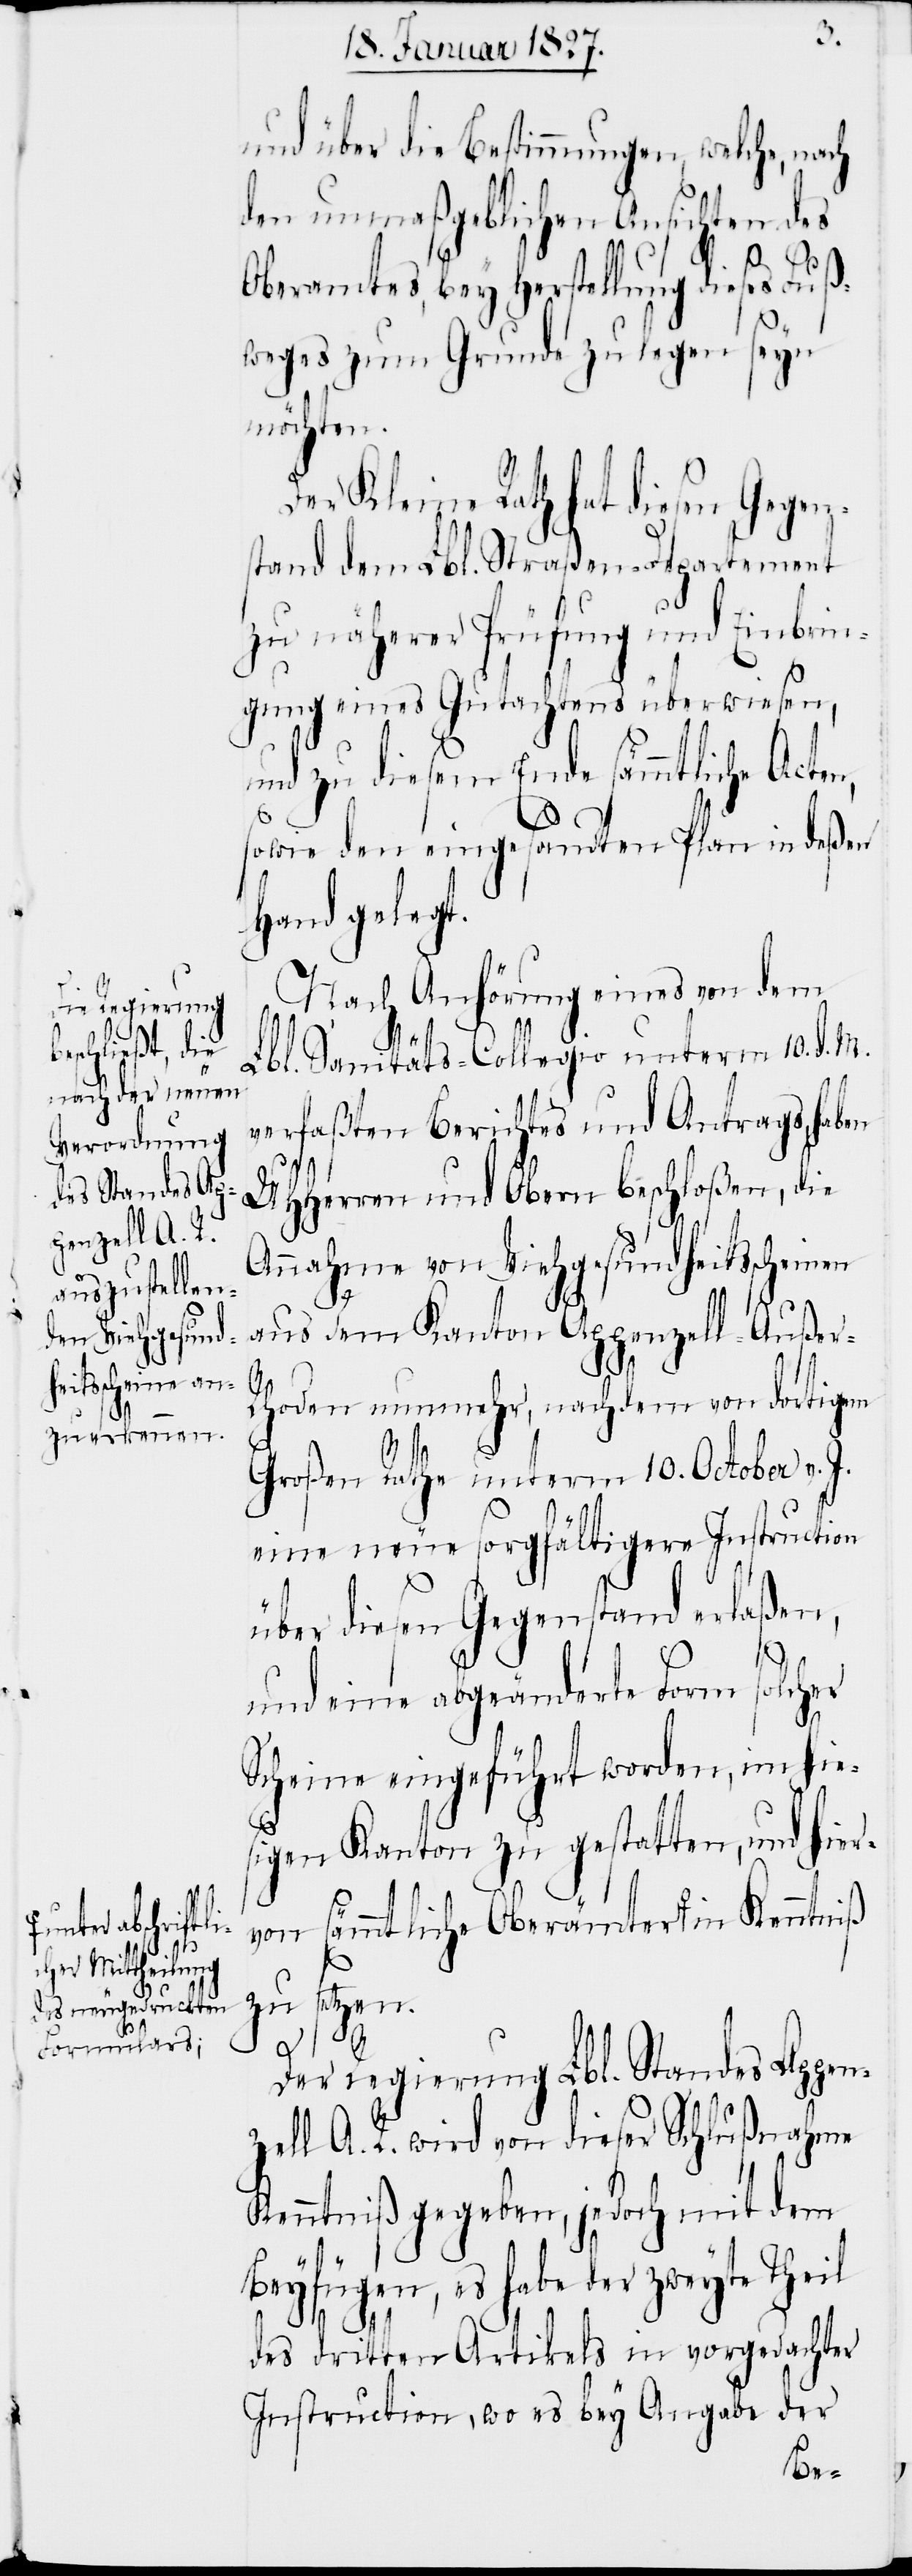
ter abschriftl¬
icher Mittheilung
des neugedruckten
Formulars;-a

und über die Bestimmungen, welche, nach
den unmaßgeblichen Ansichten des
Oberamtes, bey Herstellung dieses Fuß¬
weges zum Grunde zu legen seyn
möchten.
Der Kleine Rath hat diesen Gegen¬
stand dem Lbl. Straßen-Departement
zu näherer Prüfung und Einbrin¬
gung eines Gutachtens überwiesen,
und zu diesem Ende sämmtliche Act¬
sowie den eingesandten Plan in deßen
Hand gelegt.
Nach Anhörung eines von dem
Lbl. Sanitäts-Collegio unterm 10. d. M.
verfaßten Berichtes und Antrages, haben
UHHerren und Obern beschloßen, die
Annahme von Viehgesundheitsscheinen
aus dem Kanton Appenzell-Auße¬
in
r-Rhoden nunmehr, nachdem von dortigem
Großen Rathe unterm 10. October v. J.
eine neue sorgfältigere Instruction
über diesen Gegenstand erlaßen,
und eine abgeänderte Form solcher
Scheine eingeführt worden, im hie¬
sigen Kanton zu gestatten, und hier¬
von sämmtliche Oberämter a-un¬
zu setzen.
Der Regierung Lbl. Standes Appen¬
zell A.R. wird von dieser Schlußnahme
Kenntniß gegeben, jedoch mit dem
Beyfügen, es habe der zweyte Theil
des dritten Artikels in vorgedachter
Instruction, wo es bey Angabe der